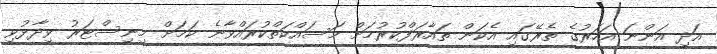
އަދި އަންނަ އަހަރުގެ ތެރޭގައި އެކަން ތައާރަފްކުރުމަށް މަސައްކަތްކުރައްވާނެ ކަމަށް މިނިސްޓަރު ވިދާޅުވި